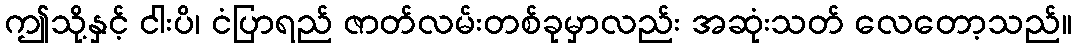
ဤသို့နှင့် ငါးပိ၊ ငံပြာရည် ဇာတ်လမ်းတစ်ခုမှာလည်း အဆုံးသတ် လေတော့သည်။